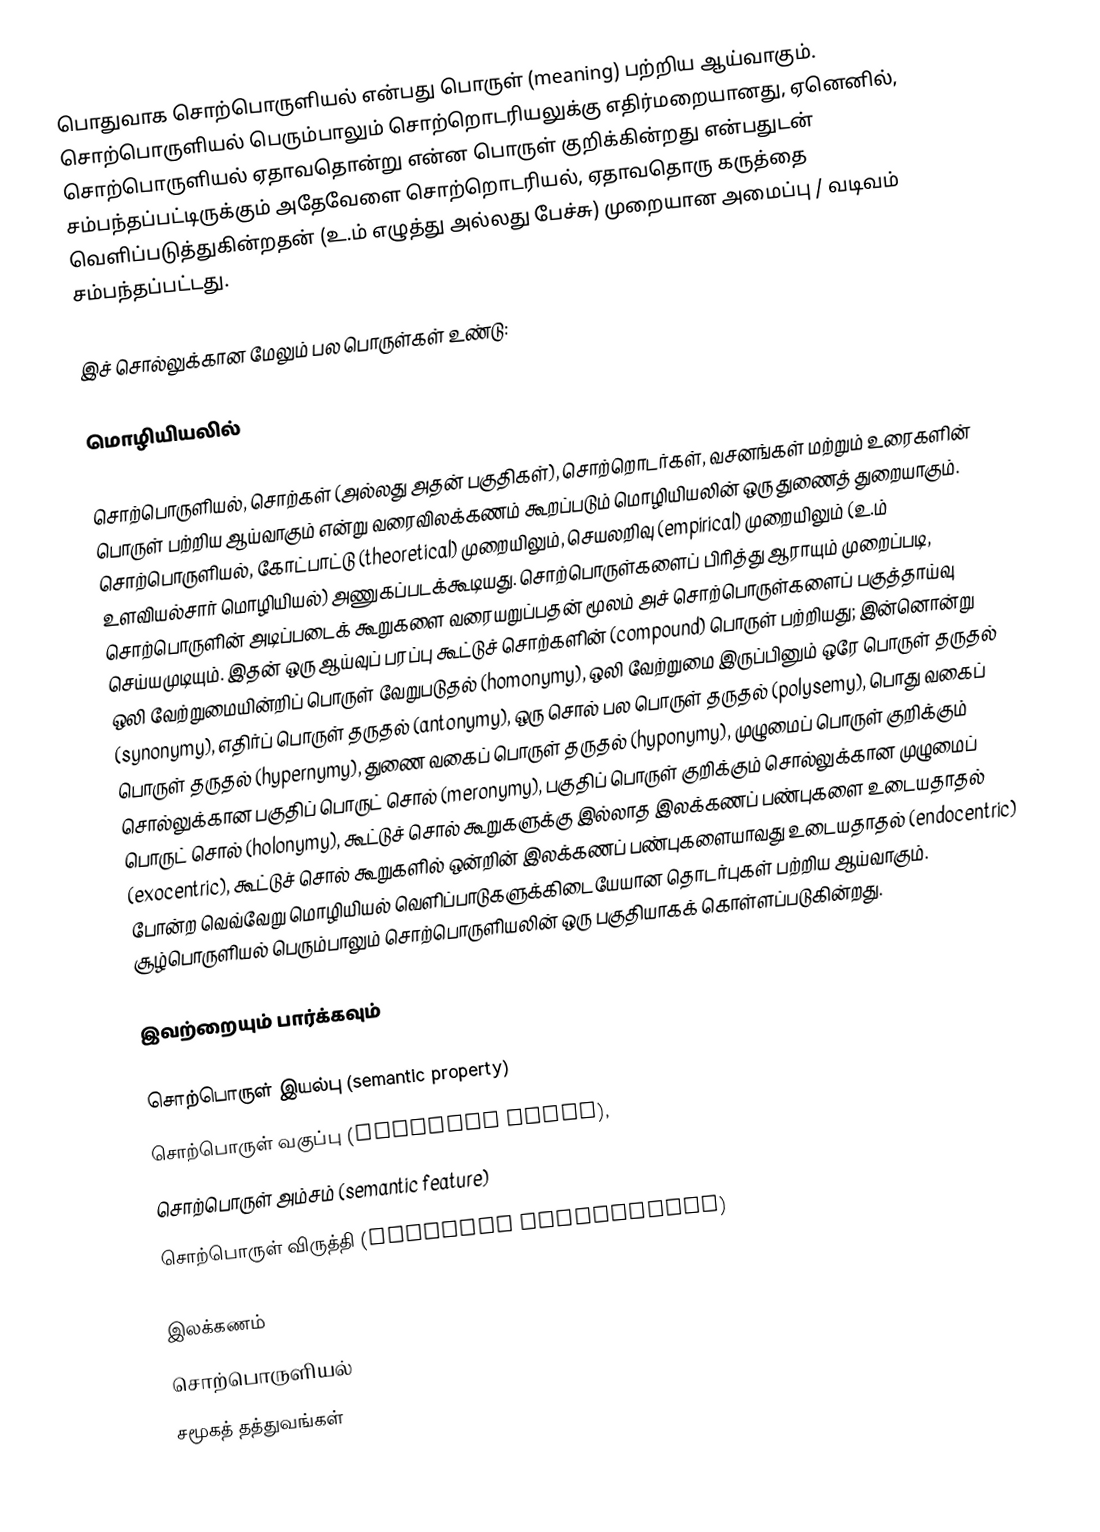
பொதுவாக சொற்பொருளியல் என்பது பொருள் (meaning) பற்றிய ஆய்வாகும். சொற்பொருளியல் பெரும்பாலும் சொற்றொடரியலுக்கு எதிர்மறையானது, ஏனெனில், சொற்பொருளியல் ஏதாவதொன்று என்ன பொருள் குறிக்கின்றது என்பதுடன் சம்பந்தப்பட்டிருக்கும் அதேவேளை சொற்றொடரியல், ஏதாவதொரு கருத்தை வெளிப்படுத்துகின்றதன் (உ.ம் எழுத்து அல்லது பேச்சு) முறையான அமைப்பு / வடிவம் சம்பந்தப்பட்டது.

இச் சொல்லுக்கான மேலும் பல பொருள்கள் உண்டு:

மொழியியலில்

சொற்பொருளியல், சொற்கள் (அல்லது அதன் பகுதிகள்), சொற்றொடர்கள், வசனங்கள் மற்றும் உரைகளின் பொருள் பற்றிய ஆய்வாகும் என்று வரைவிலக்கணம் கூறப்படும் மொழியியலின் ஒரு துணைத் துறையாகும். சொற்பொருளியல், கோட்பாட்டு (theoretical) முறையிலும், செயலறிவு (empirical) முறையிலும் (உ.ம் உளவியல்சார் மொழியியல்) அணுகப்படக்கூடியது. சொற்பொருள்களைப் பிரித்து ஆராயும் முறைப்படி, சொற்பொருளின் அடிப்படைக் கூறுகளை வரையறுப்பதன் மூலம் அச் சொற்பொருள்களைப் பகுத்தாய்வு செய்யமுடியும். இதன் ஒரு ஆய்வுப் பரப்பு கூட்டுச் சொற்களின் (compound) பொருள் பற்றியது; இன்னொன்று ஒலி வேற்றுமையின்றிப் பொருள் வேறுபடுதல் (homonymy), ஒலி வேற்றுமை இருப்பினும் ஒரே பொருள் தருதல் (synonymy), எதிர்ப் பொருள் தருதல் (antonymy), ஒரு சொல் பல பொருள் தருதல் (polysemy), பொது வகைப் பொருள் தருதல் (hypernymy), துணை வகைப் பொருள் தருதல் (hyponymy), முழுமைப் பொருள் குறிக்கும் சொல்லுக்கான பகுதிப் பொருட் சொல் (meronymy), பகுதிப் பொருள் குறிக்கும் சொல்லுக்கான முழுமைப் பொருட் சொல் (holonymy), கூட்டுச் சொல் கூறுகளுக்கு இல்லாத இலக்கணப் பண்புகளை உடையதாதல் (exocentric), கூட்டுச் சொல் கூறுகளில் ஒன்றின் இலக்கணப் பண்புகளையாவது உடையதாதல் (endocentric) போன்ற வெவ்வேறு மொழியியல் வெளிப்பாடுகளுக்கிடையேயான தொடர்புகள் பற்றிய ஆய்வாகும். சூழ்பொருளியல் பெரும்பாலும் சொற்பொருளியலின் ஒரு பகுதியாகக் கொள்ளப்படுகின்றது.

இவற்றையும் பார்க்கவும்

 சொற்பொருள் இயல்பு (semantic property)
 சொற்பொருள் வகுப்பு (semantic class),
 சொற்பொருள் அம்சம் (semantic feature)
 சொற்பொருள் விருத்தி (semantic progression)

இலக்கணம்
சொற்பொருளியல்
சமூகத் தத்துவங்கள்